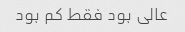
عالی بود فقط کم بود